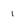
Character: 1